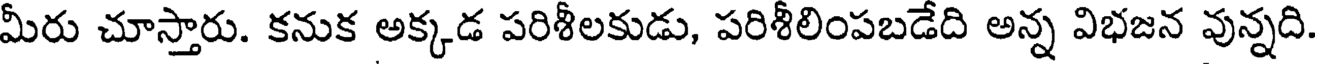
మీరు చూస్తారు. కనుక అక్కడ పరిశీలకుడు, పరిశీలింపబడేది అన్న విభజన వున్నది